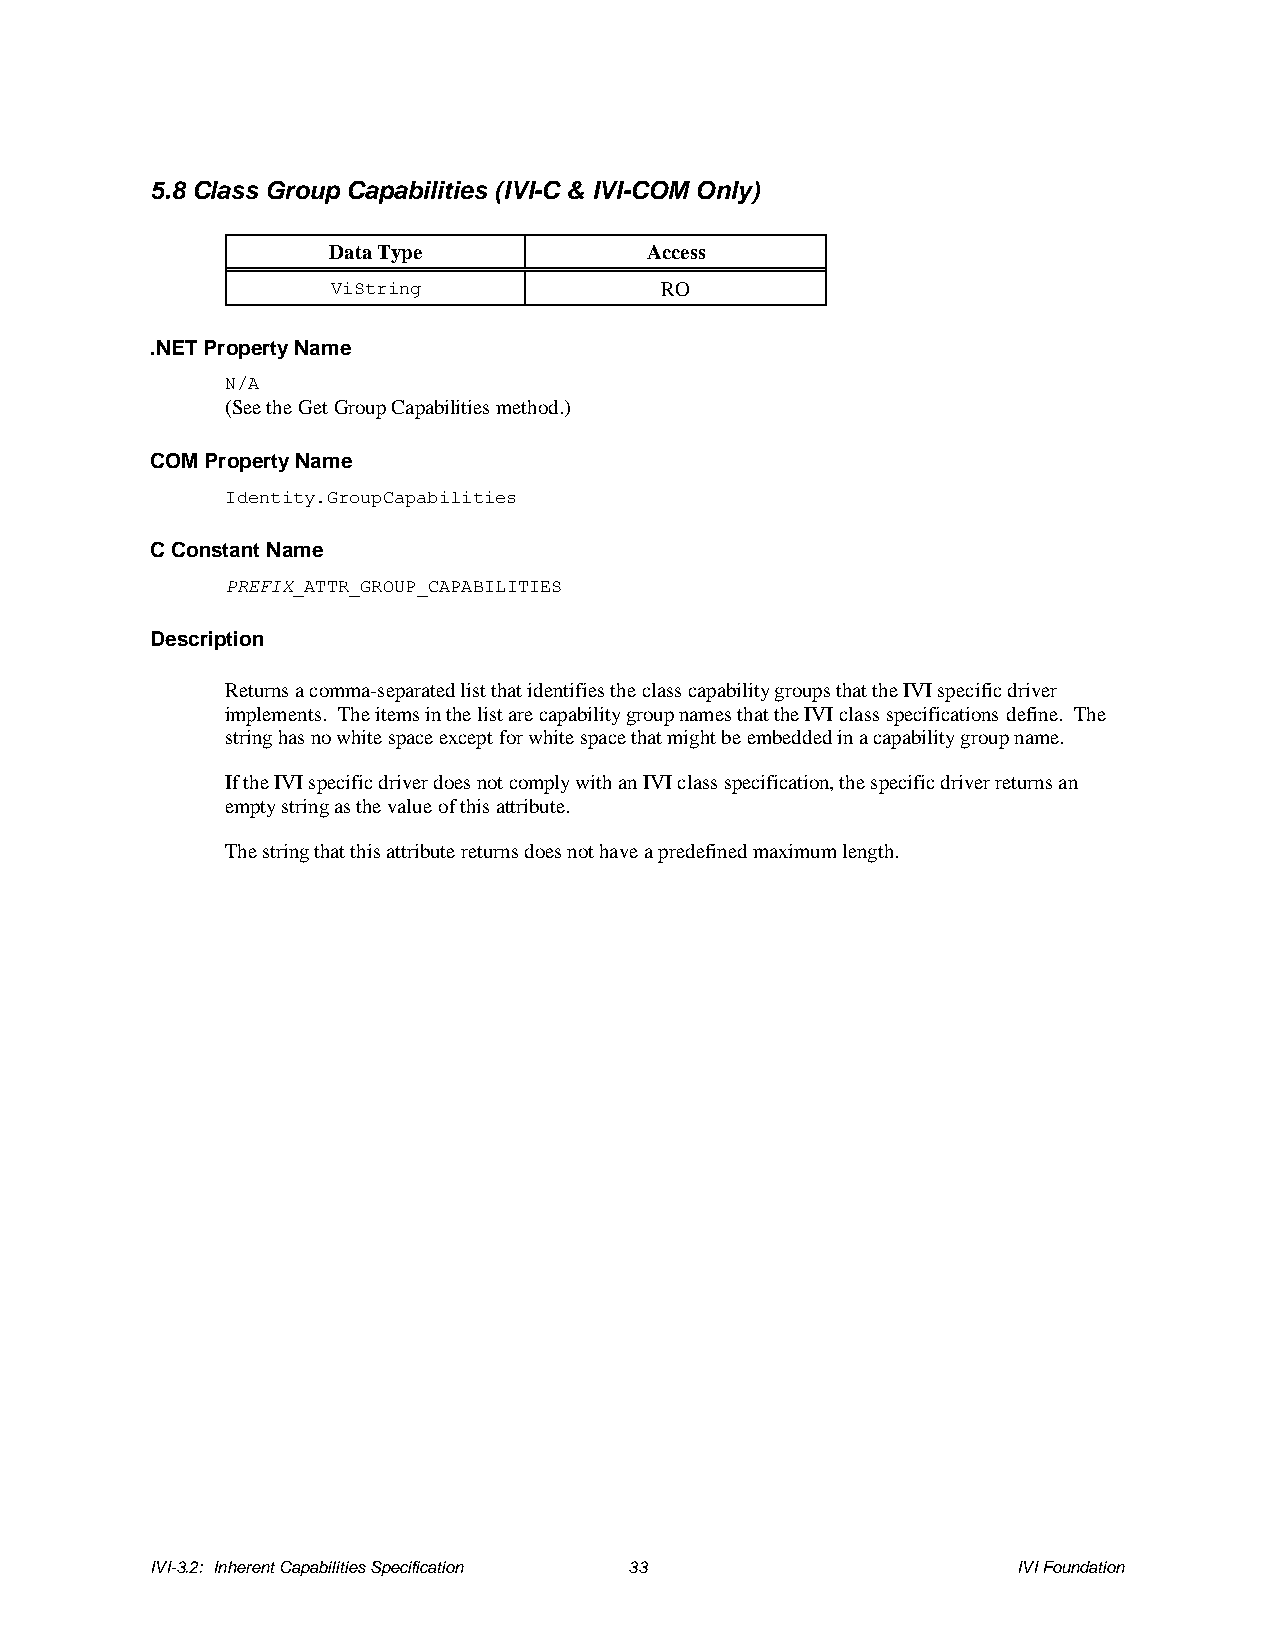
5.8 Class Group Capabilities (IVI-C & IVI-COM Only)
 Data Type            Access
 ViString              RO
 .NET Property Name
 N/A
 (See the Get Group Capabilities method.)
 COM Property Name
 Identity.GroupCapabilities
 C Constant Name
 PREFIX_ATTR_GROUP_CAPABILITIES
 Description
 Returns a comma-separated list that identifies the class capability groups that the IVI specific driver
 implements. The items in the list are capability group names that the IVI class specifications define. The
 string has no white space except for white space that might be embedded in a capability group name.
 If the IVI specific driver does not comply with an IVI class specification, the specific driver returns an
 empty string as the value of this attribute.
 The string that this attribute returns does not have a predefined maximum length.
 IVI-3.2: Inherent Capabilities Specification 33          IVI Foundation